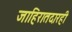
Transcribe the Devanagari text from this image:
जाहिरातदारही